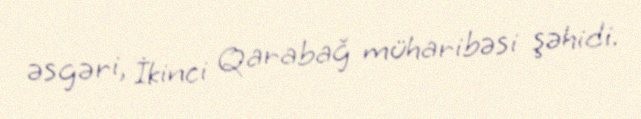
əsgəri, İkinci Qarabağ müharibəsi şəhidi.